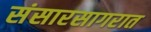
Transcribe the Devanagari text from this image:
संसारसागरात